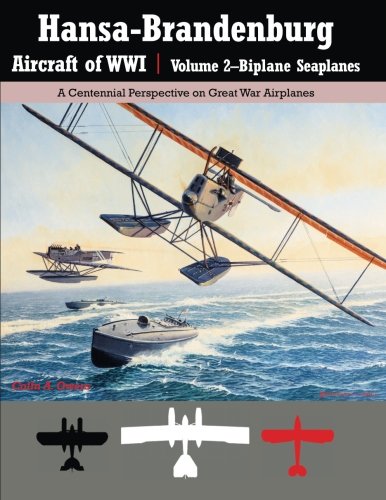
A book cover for Hansa-Brandenburg Aircraft of WWI|Volume 2?Biplane Seaplanes: A Centennial Perspective on Great War Airplanes (Great War Aviation) (Volume 18); Colin A Owers; History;